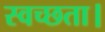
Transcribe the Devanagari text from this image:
स्वच्छता।